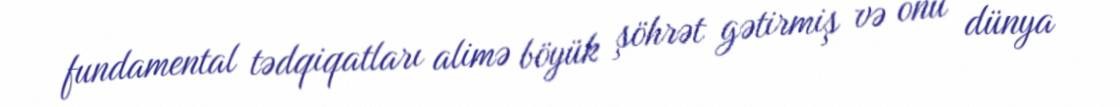
fundamental tədqiqatları alimə böyük şöhrət gətirmiş və onu dünya